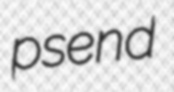
psend